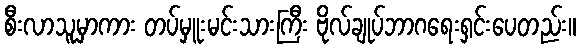
စီးလာသူမှာကား တပ်မှူးမင်းသားကြီး ဗိုလ်ချုပ်ဘာဂရေးရှင်းပေတည်း။